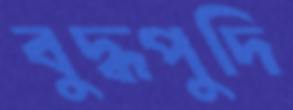
বুদ্ধপুদি